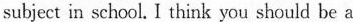
subject in school. I think you should be a